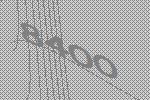
8400